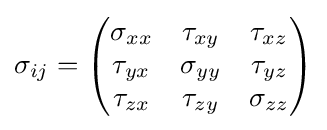
\sigma _{ij}={\begin{pmatrix}\sigma _{xx}&\tau _{xy}&\tau _{xz}\\\tau _{yx}&\sigma _{yy}&\tau _{yz}\\\tau _{zx}&\tau _{zy}&\sigma _{zz}\end{pmatrix}}